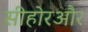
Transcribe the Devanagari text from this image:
सीहोरऔर